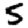
Digit: 5